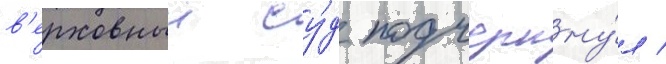
в'ерховныи су́д подчеркну́л /